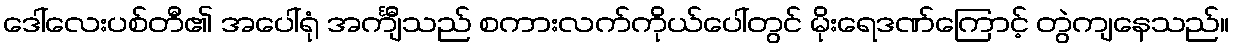
ဒေါ်လေးပစ်တီ၏ အပေါ်ရုံ အင်္ကျီသည် စကားလက်ကိုယ်ပေါ်တွင် မိုးရေဒဏ်ကြောင့် တွဲကျနေသည်။